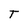
Character: T